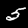
Label: 5